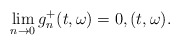
\begin{align*}\lim_{n\rightarrow 0} g_{n}^{+}(t,\omega) = 0 , (t,\omega).\end{align*}